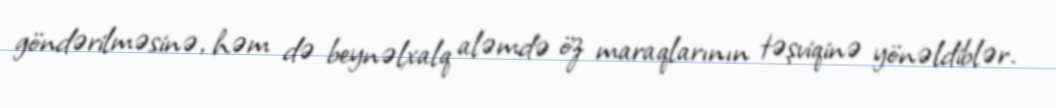
göndərilməsinə, həm də beynəlxalq aləmdə öz maraqlarının təşviqinə yönəldiblər.